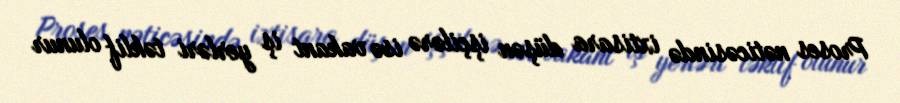
Proses nəticəsində ixtisara düşən işçilərə isə vakant iş yerləri təklif olunur